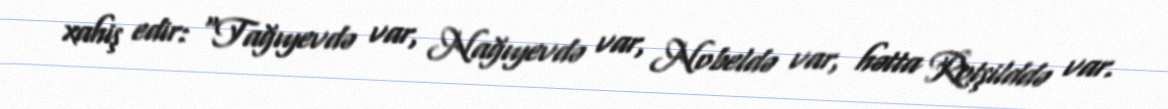
xahiş edir: “Tağıyevdə var, Nağıyevdə var, Nobeldə var, hətta Rotşilddə var.